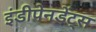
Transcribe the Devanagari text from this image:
इंडीपेनडेंट्स